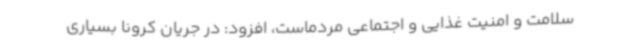
سلامت و امنیت غذایی و اجتماعی مردماست، افزود: در جریان کرونا بسیاری